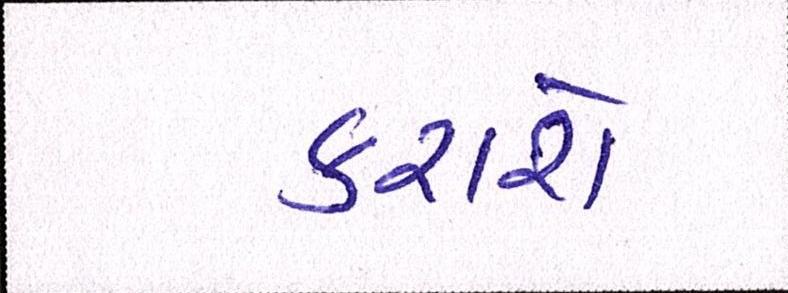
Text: કરાશે